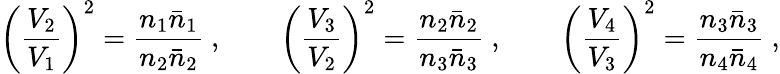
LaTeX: \left({\frac{V_{2}}{V_{1}}}\right)^{2}={\frac{n_{1}\bar{n}_{1}}{n_{2}\bar{n}_{2}}}\ ,\qquad\left({\frac{V_{3}}{V_{2}}}\right)^{2}={\frac{n_{2}\bar{n}_{2}}{n_{3}\bar{n}_{3}}}\ ,\qquad\left({\frac{V_{4}}{V_{3}}}\right)^{2}={\frac{n_{3}\bar{n}_{3}}{n_{4}\bar{n}_{4}}}\ ,